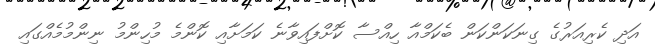
އަދި ކެރިއަރުގެ ގިނަކަންކަން ބެކަމްއާ ހިއްސާ ކޮށްފައިވާނެ ކަމަށާއި ކޮންމެ މުހިންމު ނިންމުމެއްގައި